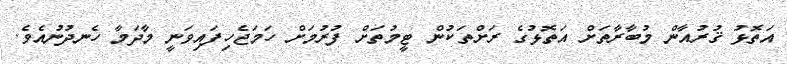
އަތޮޅު ޤުރުއާން މުބާރާތަށް އަތޮޅުގެ ރަށްތަކުން ޓީމުތަށް ފުރުމަށް ހަމަޖެހިފައިވަނީ މާދަމާ ހެނދުނުއެވެ.